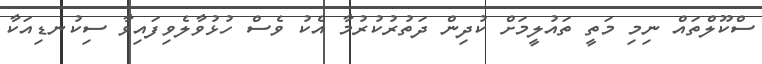
ސްކޫލްތައް ނިމި މަތީ ތައުލީމަށް ކުދިން ދަތުރުކުރުމާ އެކު ވެސް ހުޅުވާލެވިފައިވާ ސިކުނޑިއަކާ